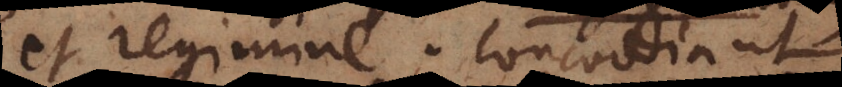
et regimine. Concordia ut